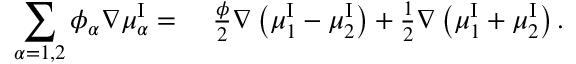
\begin{array} { r l } { \displaystyle \sum _ { \alpha = 1 , 2 } \phi _ { \alpha } \nabla \mu _ { \alpha } ^ { \mathrm { I } } = } & { { } ~ \frac { \phi } { 2 } \nabla \left( \mu _ { 1 } ^ { \mathrm { I } } - \mu _ { 2 } ^ { \mathrm { I } } \right) + \frac { 1 } { 2 } \nabla \left( \mu _ { 1 } ^ { \mathrm { I } } + \mu _ { 2 } ^ { \mathrm { I } } \right) . } \end{array}